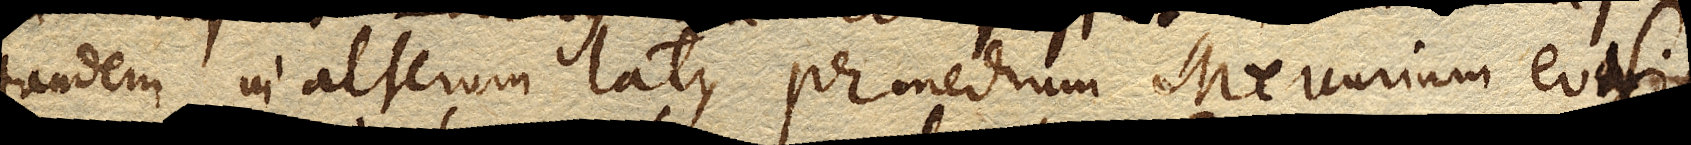
tandem in alterum latus per medium Mercurium evasit,